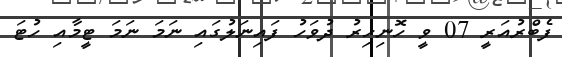
ފެބްރުއަރީ 07 ވީ ހޮނިހިރު ދުވަހު ފައިނަލުގައި ނަމަ ނަމަ ޓީމާއި ހުޓަ